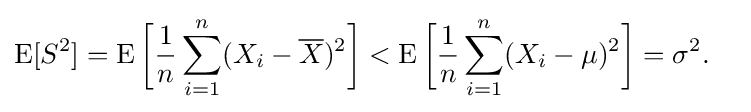
{\begin{aligned}\operatorname {E} [S^{2}]&=\operatorname {E} {\bigg [}{\frac {1}{n}}\sum _{i=1}^{n}(X_{i}-{\overline {X}})^{2}{\bigg ]}<\operatorname {E} {\bigg [}{\frac {1}{n}}\sum _{i=1}^{n}(X_{i}-\mu )^{2}{\bigg ]}=\sigma ^{2}.\end{aligned}}